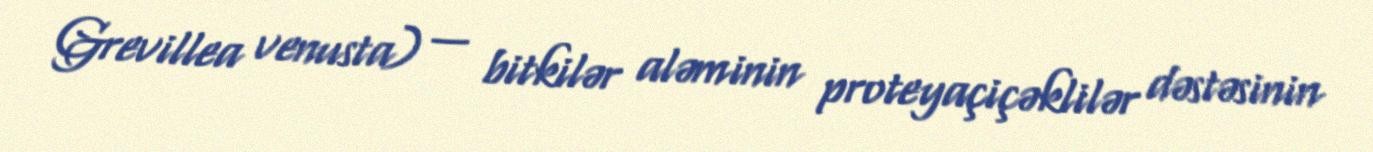
Grevillea venusta) — bitkilər aləminin proteyaçiçəklilər dəstəsinin